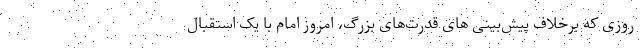
روزی که برخلاف پیش‌بینی های قدرت‌های بزرگ، امروز امام با یک استقبال